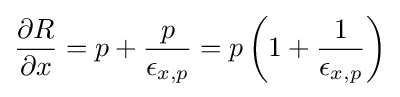
{\frac {\partial R}{\partial x}}=p+{\frac {p}{\epsilon _{x,p}}}=p\left(1+{\frac {1}{\epsilon _{x,p}}}\right)